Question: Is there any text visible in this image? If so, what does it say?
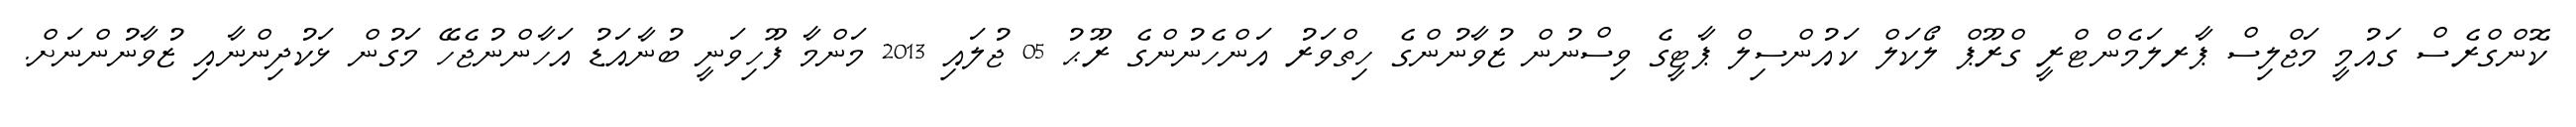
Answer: ކޮންގްރެސް ގައުމީ މަޖްލިސް ޕާރލަމެންޓްރީ ގްރޫޕް ލޯކަލް ކައުންސިލް ޕާޓީގެ ވިސްނުން ޒުވާނުންގެ ހިތްވަރު އަންހެނުންގެ ރޫޙު 05 ޖުލައި 2013 މަންމާ ފޫހިވަނީ ބުނާއަޑު އަހާންނުޖެހޭ މަގުން ޅަކުދިންނާއި ޒުވާނުންނަށް.